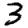
Digit: 3